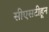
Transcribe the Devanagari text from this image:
सीएसटीहून